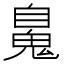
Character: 𩳈